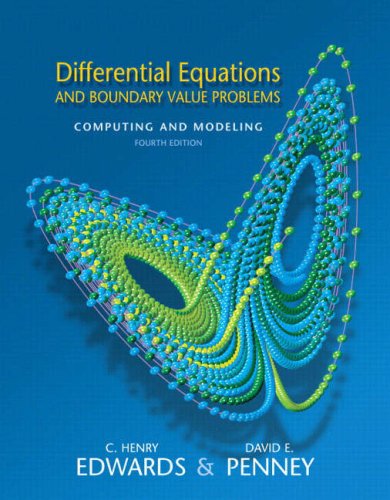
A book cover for Differential Equations and Boundary Value Problems: Computing and Modeling (4th Edition); C. Henry Edwards; Computers & Technology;